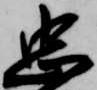
忠